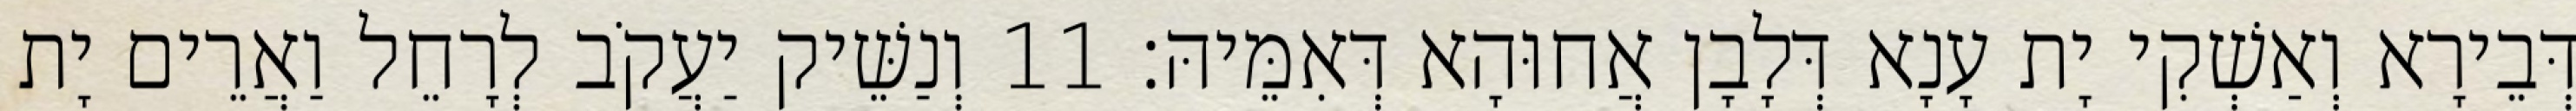
דְּבֵירָא וְאַשְׁקִי יָת עָנָא דְּלָבָן אֲחוּהָא דְּאִמֵּיהּ׃ 11 וְנַשֵּׁיק יַעֲקֹב לְרָחֵל וַאֲרֵים יָת